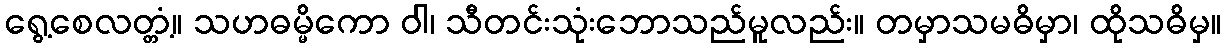
ရွေ့စေလတ္တံ့။ သဟဓမ္မိကော ဝါ၊ သီတင်းသုံးဘောသည်မူလည်း။ တမှာသမဓိမှာ၊ ထိုသဓိမှ။